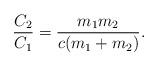
LaTeX: \begin{align*}\frac{C_2}{C_1}=\frac{m_1m_2}{c(m_1+m_2)}.\end{align*}